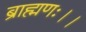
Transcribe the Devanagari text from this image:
ब्राह्मणः।।